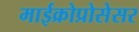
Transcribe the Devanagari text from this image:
माईक्रोप्रोसेसर